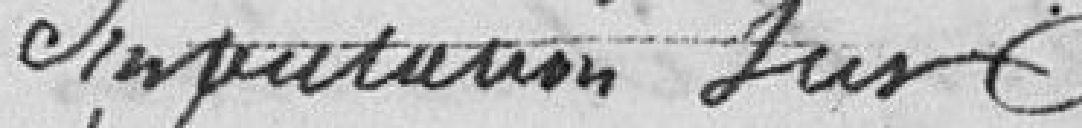
Imputation sur